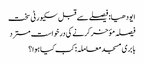
ایودھیا: فیصلے سے قبل سکیورٹی سخت
فیصلہ مؤخر کرنے کی درخواست مسترد
بابری مسجد معاملہ: کب کیا ہوا؟